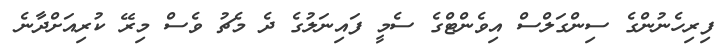
ފިރިހެނުންގެ ސިންގަލްސް އިވެންޓްގެ ސެމީ ފައިނަލުގެ ދެ މެޗު ވެސް މިރޭ ކުރިއަށްދާނެ